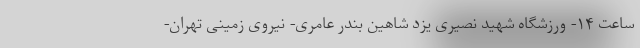
ساعت ۱۴- ورزشگاه شهید نصیری یزد شاهین بندر عامری- نیروی زمینی تهران-